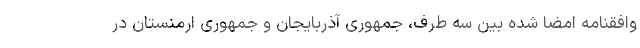
وافقنامه امضا شده بین سه طرف، جمهوری آذربایجان و جمهوری ارمنستان در